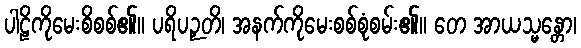
ပါဠိကိုမေးစိစစ်၏။ ပရိပဉှတိ၊ အနက်ကိုမေးစစ်စုံစမ်း၏။ တေ အာယသ္မန္တော၊